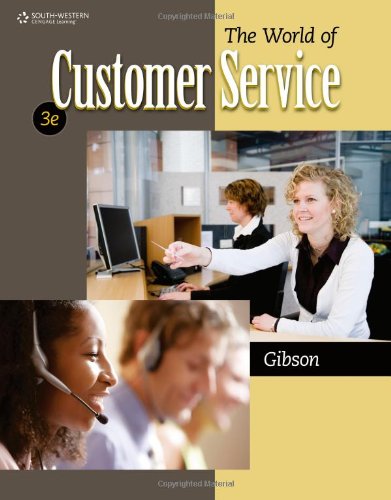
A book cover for The World of Customer Service; Pattie Gibson; Business & Money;